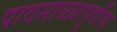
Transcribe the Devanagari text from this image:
पावसाळ्यापूर्वीचा